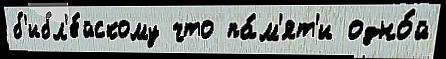
б'ибл'е́йскому что па́м'ят'и одно́й